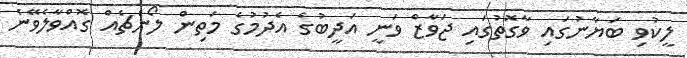
ލީކުވި ބަޔާނުގައި ވާގޮތުގައި ޖަވާޒް ވަނީ އަދީބުގެ އެދުމުގެ މަތިން ލޯންޗެއް ގޮއްވާލެވޭނެ